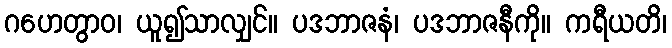
ဂဟေတွာဝ၊ ယူ၍သာလျှင်။ ပဒဘာဇနံ၊ ပဒဘာဇနီကို။ ကရီယတိ၊